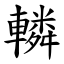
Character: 轔